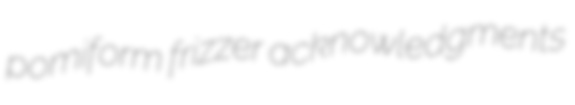
pomiform frizzer acknowledgments